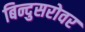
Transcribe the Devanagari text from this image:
बिन्दुसरोवर